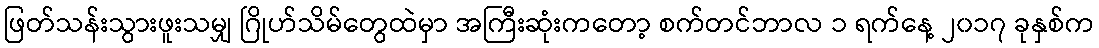
ဖြတ်သန်းသွားဖူးသမျှ ဂြိုဟ်သိမ်တွေထဲမှာ အကြီးဆုံးကတော့ စက်တင်ဘာလ ၁ ရက်နေ့ ၂၀၁၇ ခုနှစ်က